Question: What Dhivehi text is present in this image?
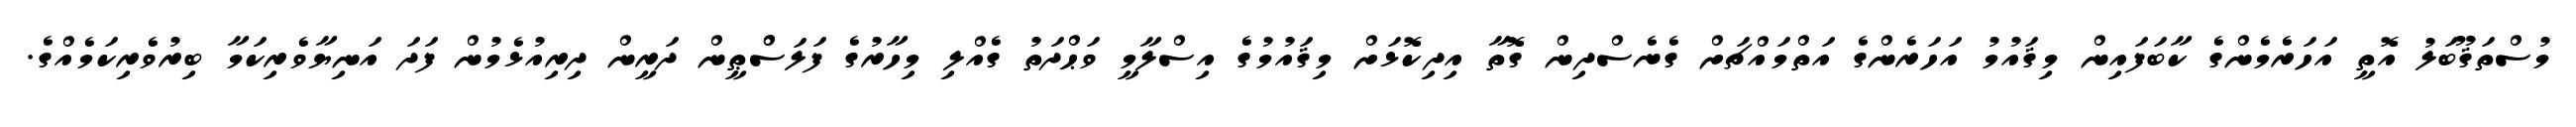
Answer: މުސްތަޤޫބަލު އޮތީ އަހަރެމެންގެ ކާބަފައިން މިޤައުމު އަހަރެންގެ އަތްމައްޗަށް ގެނެސްދިން ގޮތާ އިދިކޮޅަށް މިޤައުމުގެ އިސްލާމީ ވަޙްދަތު ގެއްލި މިހާރުގެ ފަލަސްްޠީން ދަރީން ދިރިއުޅެމުން ފަދަ އަނިޔާވެރިކަމާ ބިރުވެރިކަމެއްގެ.